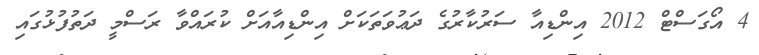
4 އޯގަސްޓް 2012 އިންޑިއާ ސަރުކާރުގެ ދަޢުވަތަކަށް އިންޑިއާއަށް ކުރައްވާ ރަސްމީ ދަތުފުޅުގައި